Vaccine operations Central Provinces 1886-1899 - 1886-1899
Year: 1886
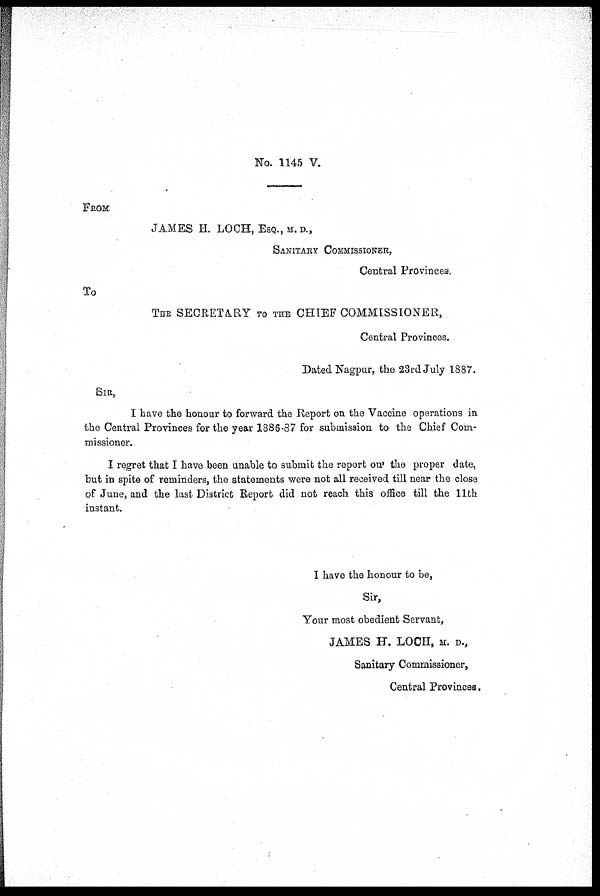
No. 1145 V.
FROM:
JAMES H. LOCH, ESQ., M. D.,
SANITARY COMMISSIONER,
Central Provinces.
To
THE SECRETARY TO THE CHIEF COMMISSIONER,
Central Provinces.
Dated Nagpur, the 23rd July 1887.
SIR,
I have the honour to forward the Report on the Vaccine operations in
the Central Provinces for the year 1886-87 for submission to the Chief Com-
missioner.
I regret that I have been unable to submit the report on the proper date,
but in spite of reminders, the statements were not all received till near the close
of June, and the last District Report did not reach this office till the 11th
instant.
I have the honour to be,
Sir,
Your most obedient Servant,
JAMES H. LOCH, M. D.,
Sanitary Commissioner,
Central Provinces.